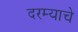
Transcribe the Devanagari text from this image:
दरम्याचे